Civil Veterinary Department. United Provinces 1912-22 - 1912-1922
Year: 1912
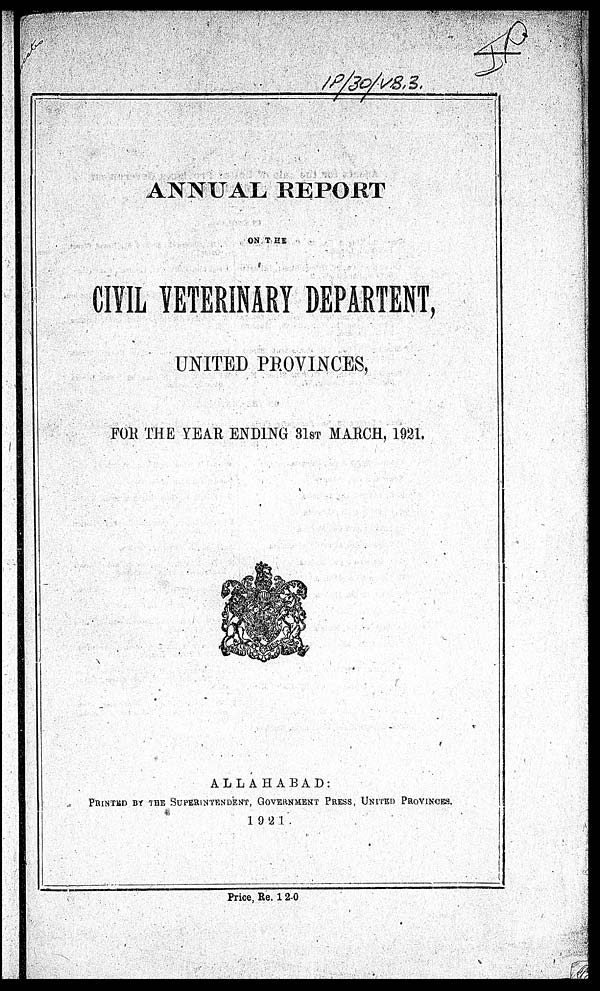
ANNUAL REPORT
ON THE
CIVIL VETERINARY DEPARTENT,
UNITED PROVINCES,
FOR THE YEAR ENDING 31ST MARCH, 1921.
ALLAHABAD:
PRINTED BY THE SUPERINTENDENT, GOVERNMENT PRESS, UNITED PROVINCES.
1921
Price, Re. 1 2-0